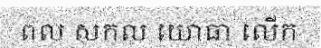
ពល សកល យោធា លើក